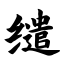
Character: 缱